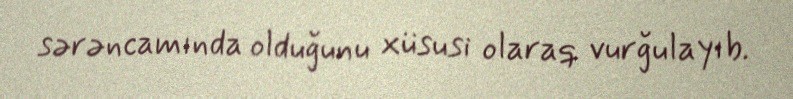
sərəncamında olduğunu xüsusi olaraq vurğulayıb.